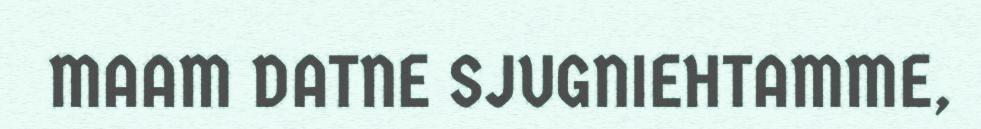
MAAM DATNE SJUGNIEHTAMME,